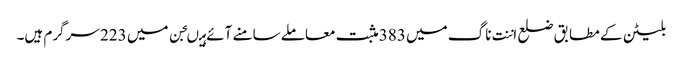
بلیٹن کے مطابق ضلع اننت ناگ میں 383 مثبت معاملے سامنے آئے ہیںجن میں 223 سرگرم ہیں۔